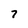
Character: 7